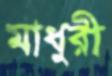
মাধুরী